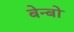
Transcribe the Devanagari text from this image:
बेन्बो